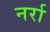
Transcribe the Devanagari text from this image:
नर्रा